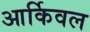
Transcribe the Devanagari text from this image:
आर्किवल